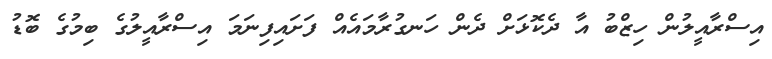
އިސްރާއީލުން ހިޒްބު އާ ދެކޮޅަށް ދެން ހަނގުރާމައެއް ފަށައިފިނަމަ އިސްރާއީލުގެ ބިމުގެ ބޮޑު